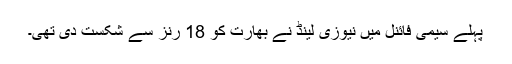
پہلے سیمی فائنل میں نیوزی لینڈ نے بھارت کو 18 رنز سے شکست دی تھی۔